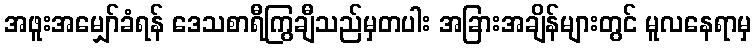
အဖူးအမျှော်ခံရန် ဒေသစာရီကြွချီသည်မှတပါး အခြားအချိန်များတွင် မူလနေရာမှ